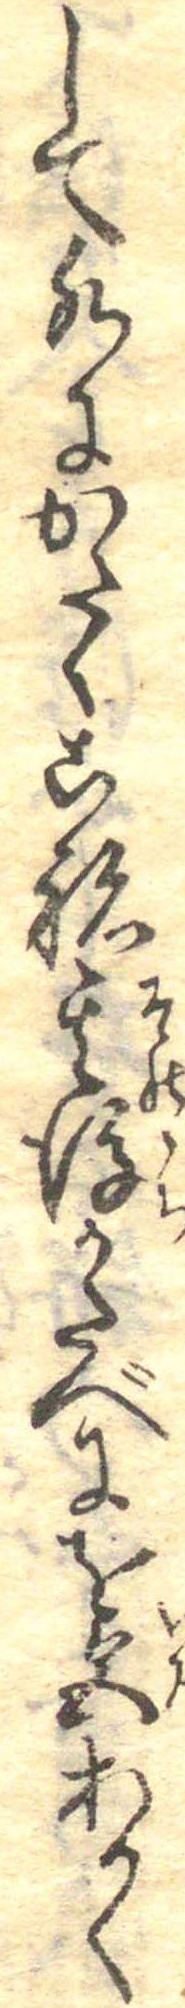
して水にかたくこね其後かたべにを色あかく